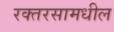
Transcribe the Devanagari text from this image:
रक्तरसामधील